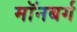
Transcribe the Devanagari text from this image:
मॉनबर्ग